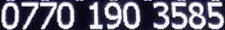
0770 190 3585